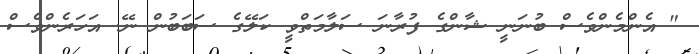
" އެންމެންވެސް ބުނަނީ ޝާންގެ ފުރާނަ ސަލާމަތްވީ ކަލޭގެ ސަބަބުން ނޭ. އަހަރެންވެސް